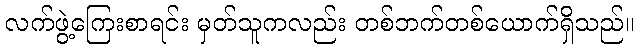
လက်ဖွဲ့ကြေးစာရင်း မှတ်သူကလည်း တစ်ဘက်တစ်ယောက်ရှိသည်။